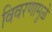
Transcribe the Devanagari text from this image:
विवरणामुळे